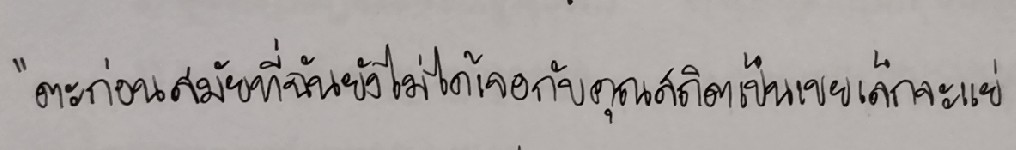
"ตะก่อนสมัยที่ฉันยังไม่ได้เจอกับคุณสถิตเป็นเขยเล็กจะแย่